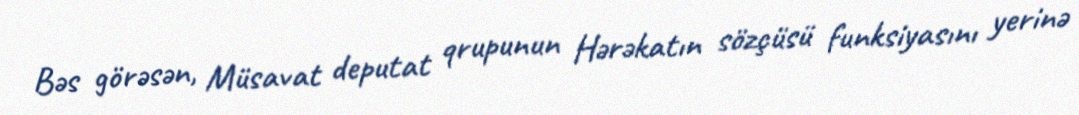
Bəs görəsən, Müsavat deputat qrupunun Hərəkatın sözçüsü funksiyasını yerinə